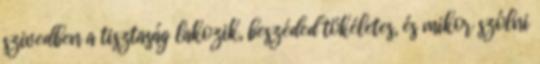
szivedben a tisztaság lakozik, beszéded tökéletes, és mikor szólni